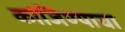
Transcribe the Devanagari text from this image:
कांजिण्याचा